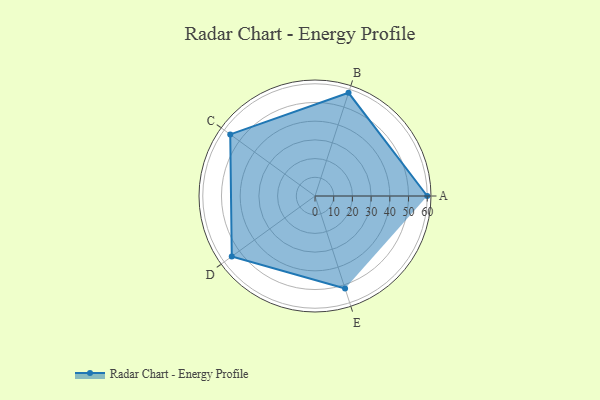
{"axis": {"x": "Skill", "y": "Score"}, "legend": ["Profile"], "data": [{"x": "A", "y": 60.0, "type": "Profile"}, {"x": "B", "y": 58.0, "type": "Profile"}, {"x": "C", "y": 56.0, "type": "Profile"}, {"x": "D", "y": 55.0, "type": "Profile"}, {"x": "E", "y": 52.0, "type": "Profile"}]}